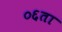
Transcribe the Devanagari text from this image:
०६ता